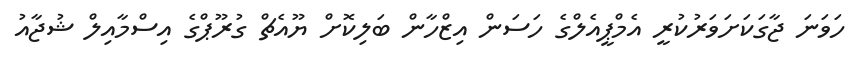
ހަވަނަ ޖާގަކަށަވަރުކުރީ އެމްޕީއެލްގެ ހަސަން އިޒްހާން ބަލިކޮށް ޔޫއެޗް ގުރޫޕްގެ އިސްމާއިލް ޝުޖާއު